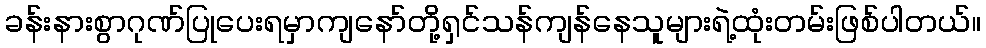
ခန်းနားစွာဂုဏ်ပြုပေးရမှာကျနော်တို့ရှင်သန်ကျန်နေသူများရဲ့ထုံးတမ်းဖြစ်ပါတယ်။